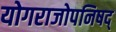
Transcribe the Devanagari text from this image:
योगराजोपनिषद्